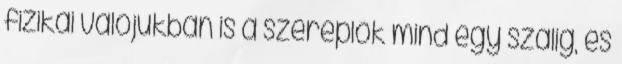
fizikai valójukban is a szereplők mind egy szálig, és